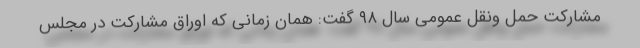
مشارکت حمل ونقل عمومی سال ۹۸ گفت: همان زمانی که اوراق مشارکت در مجلس